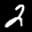
Label: 2